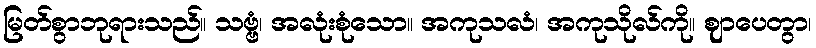
မြတ်စွာဘုရားသည်။ သဗ္ဗံ၊ အလုံးစုံသော။ အကုသလံ၊ အကုသိုလ်ကို။ ဈာပေတွာ၊